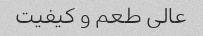
عالی طعم و کیفیت